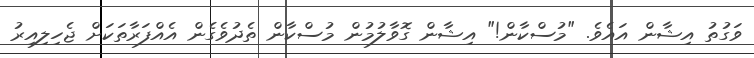
ވަގުތު އިޝާން އައެވެ. "މުސްކާން!" އިޝާން ގޮވާލުމުން މުސްކާން ތެދުވެގެން އެއްފަރާތަކަށް ޖެހިލިއިރު